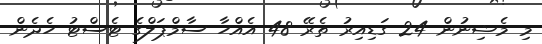
މި މެޝިނުން 24 ގަޑިއިރު ތެރޭ 48 އެއްހާ ސާމްޕަލްގެ ޓެސްޓު ހެދެން